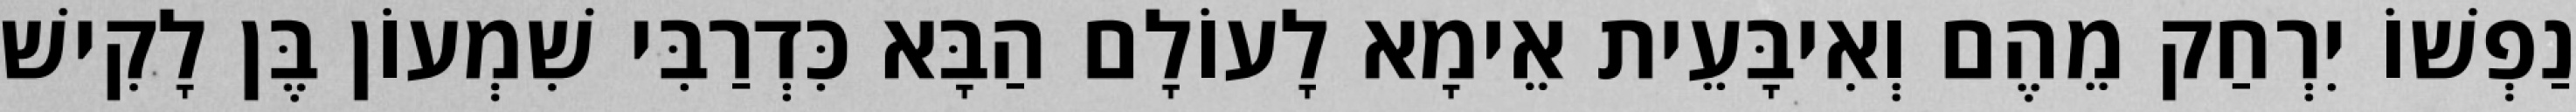
נַפְשׁוֹ יִרְחַק מֵהֶם וְאִיבָּעֵית אֵימָא לָעוֹלָם הַבָּא כִּדְרַבִּי שִׁמְעוֹן בֶּן לָקִישׁ